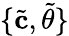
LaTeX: \{ \tilde{\mathbf{c}},\tilde{\theta}\}